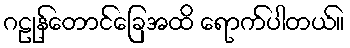
ဂဠုန်တောင်ခြေအထိ ရောက်ပါတယ်။